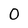
Character: O